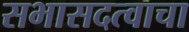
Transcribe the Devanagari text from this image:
सभासदत्वाचा